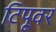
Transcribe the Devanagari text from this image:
टिपूवर